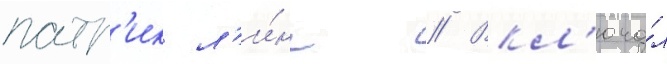
патр'ик л'и́нч // Вкл'юча́л